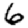
Digit: 6